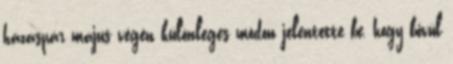
házaspár május végén különleges módon jelentette be, hogy bővül